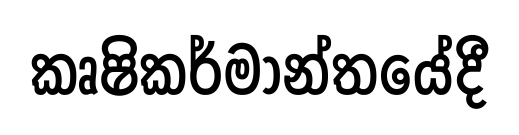
කෘෂිකර්මාන්තයේදී